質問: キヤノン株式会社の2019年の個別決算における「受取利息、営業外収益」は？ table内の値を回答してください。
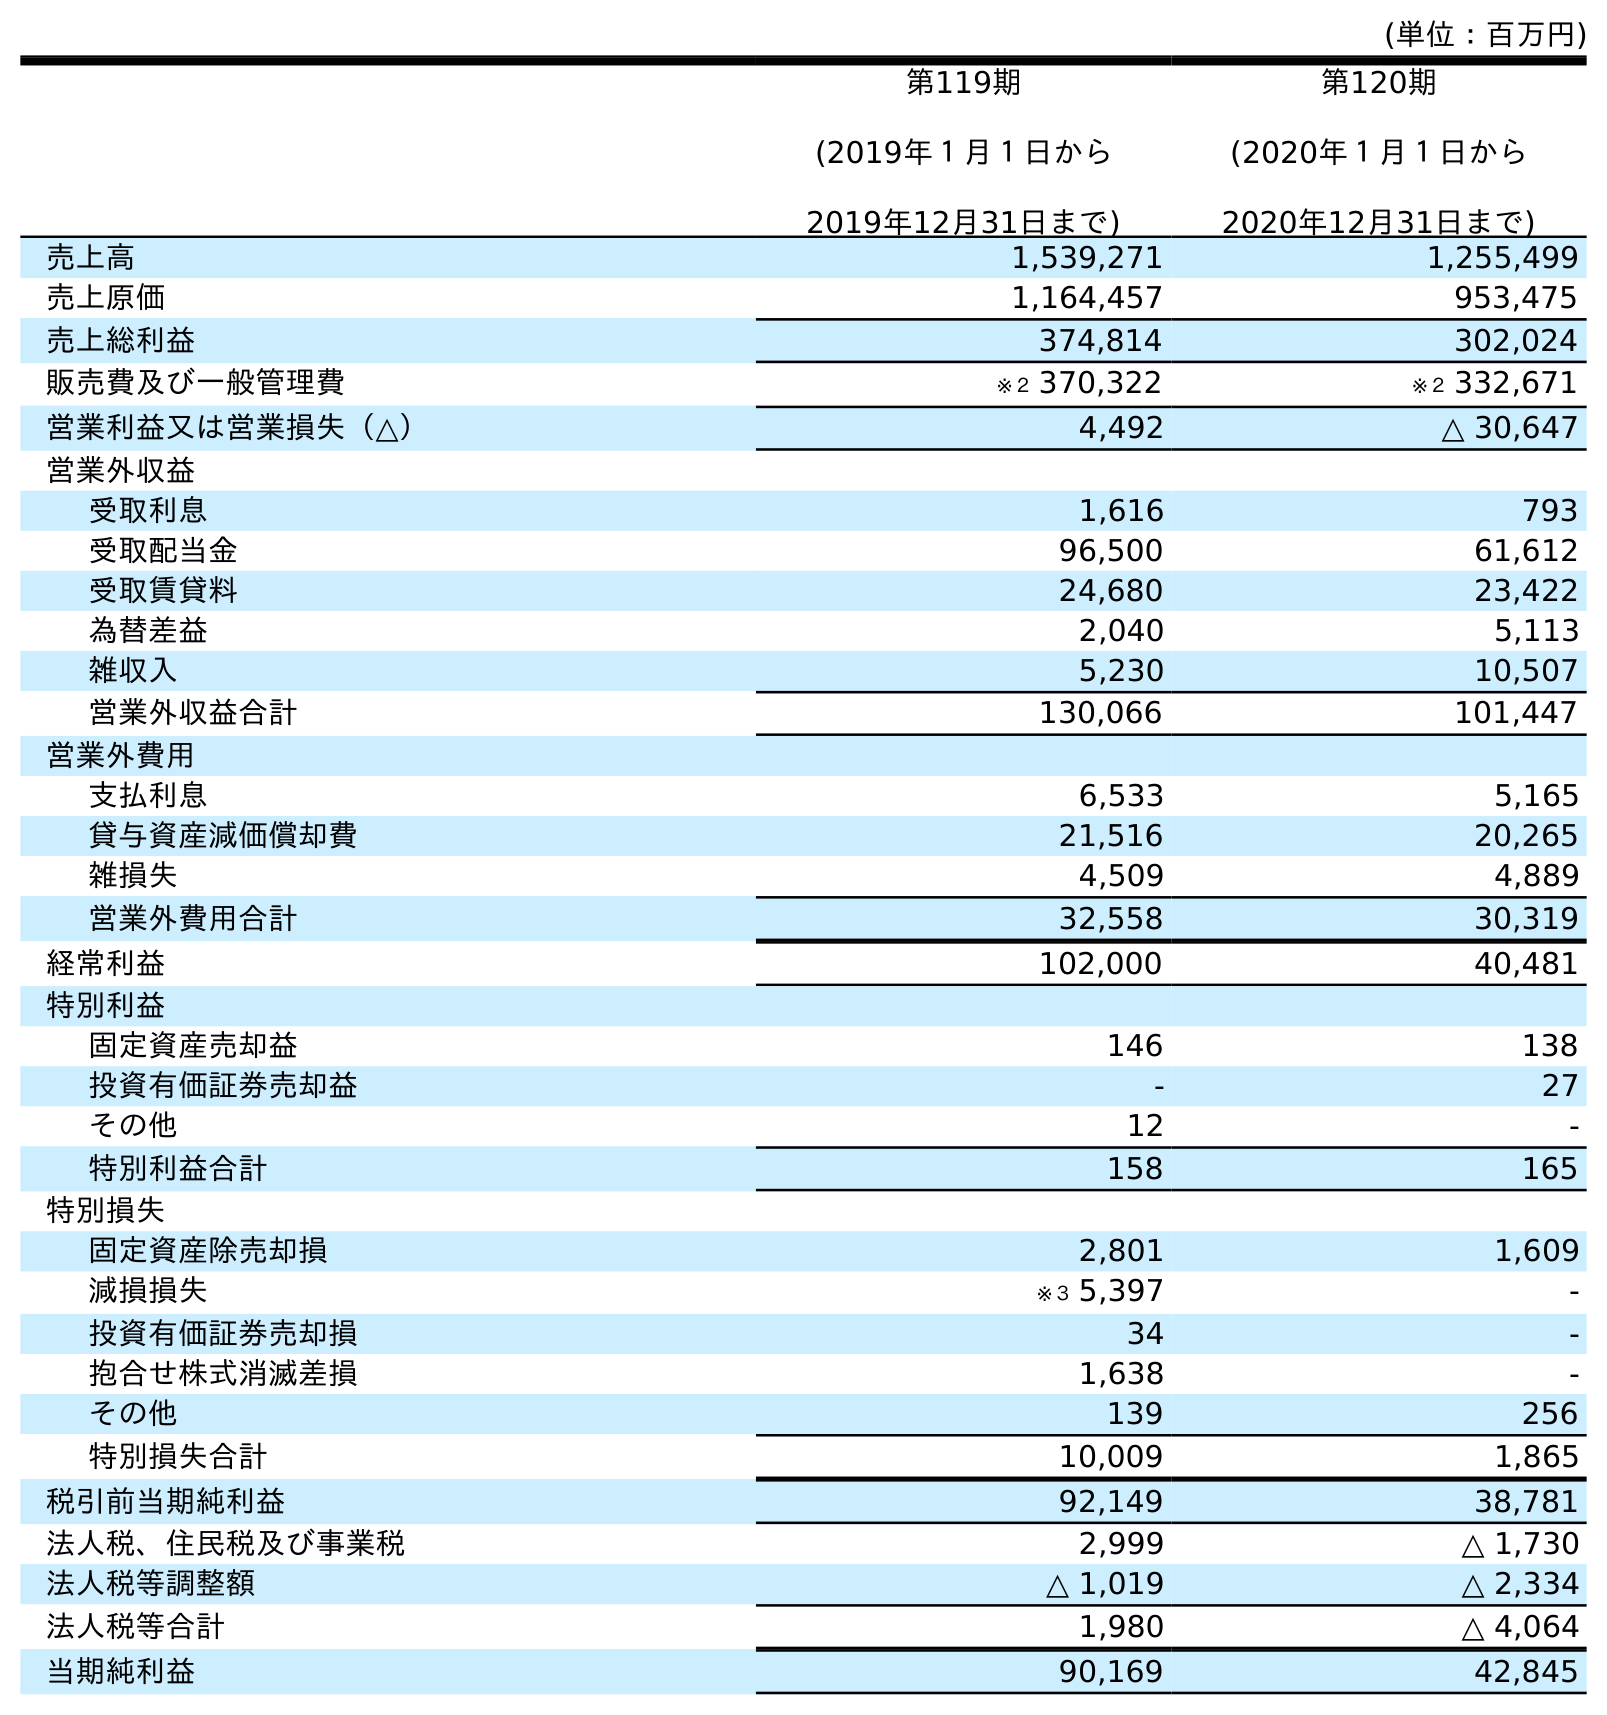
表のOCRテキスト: (単位：百万円) 第119期 (2019年１月１日から 2019年12月31日まで) 第120期 (2020年１月１日から 2020年12月31日まで) 売上高 1,539,271 1,255,499 売上原価 1,164,457 953,475 売上総利益 374,814 302,024 販売費及び一般管理費 ※２ 370,322 ※２ 332,671 営業利益又は営業損失（△） 4,492 △ 30,647 営業外収益 受取利息 1,616 793 受取配当金 96,500 61,612 受取賃貸料 24,680 23,422 為替差益 2,040 5,113 雑収入 5,230 10,507 営業外収益合計 130,066 101,447 営業外費用 支払利息 6,533 5,165 貸与資産減価償却費 21,516 20,265 雑損失 4,509 4,889 営業外費用合計 32,558 30,319 経常利益 102,000 40,481 特別利益 固定資産売却益 146 138 投資有価証券売却益 - 27 その他 12 - 特別利益合計 158 165 特別損失 固定資産除売却損 2,801 1,609 減損損失 ※３ 5,397 - 投資有価証券売却損 34 - 抱合せ株式消滅差損 1,638 - その他 139 256 特別損失合計 10,009 1,865 税引前当期純利益 92,149 38,781 法人税、住民税及び事業税 2,999 △ 1,730 法人税等調整額 △ 1,019 △ 2,334 法人税等合計 1,980 △ 4,064 当期純利益 90,169 42,845
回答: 1,616